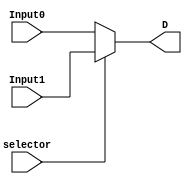
`timescale 1ns / 1ps
//////////////////////////////////////////////////////////////////////////////////
// Company: Pennsylvania State University
// 
// Design Name: 
// Module Name: mux2x1
// Project Name: 
// Target Devices: 
// Tool Versions: 
// Description: 
// 
// Dependencies: 
// 
// Revision:
// Revision 0.01 - File Created
// Additional Comments:
// 
//////////////////////////////////////////////////////////////////////////////////


module mux2x1(Input1, Input0, selector, D);
   
   input [4:0] Input1, Input0;
   input selector;
   output reg [4:0] D;

   always @(Input1, Input0, selector)
   begin
      if (!selector) begin
         D <= Input0;
      end
      else begin
         D <= Input1;
      end
   end
   
endmodule